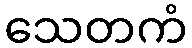
သေတကံ